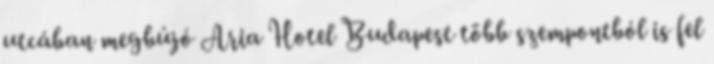
utcában megbújó Aria Hotel Budapest több szempontból is fel